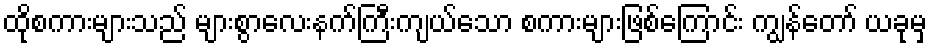
ထိုစကားများသည် များစွာလေးနက်ကြီးကျယ်သော စကားများဖြစ်ကြောင်း ကျွန်တော် ယခုမှ